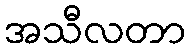
အသီလတာ